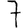
Digit: 7